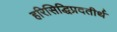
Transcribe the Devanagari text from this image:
हरिसिद्धिप्रदतीर्थ